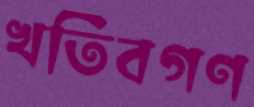
খতিবগণ